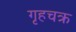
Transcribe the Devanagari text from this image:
गृहचक्र